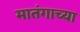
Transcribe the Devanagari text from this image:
मातंगाच्या